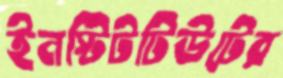
ইনস্টিটটিউটের